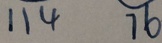
1 1 4 7 6